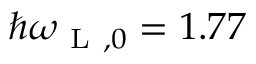
\hbar \omega _ { \mathrm { ~ L ~ } , 0 } = 1 . 7 7